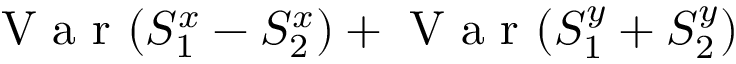
\mathrm { ~ V ~ a ~ r ~ } ( S _ { 1 } ^ { x } - S _ { 2 } ^ { x } ) + \mathrm { ~ V ~ a ~ r ~ } ( S _ { 1 } ^ { y } + S _ { 2 } ^ { y } )